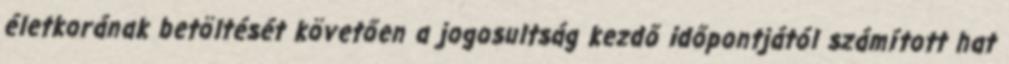
életkorának betöltését követően a jogosultság kezdő időpontjától számított hat